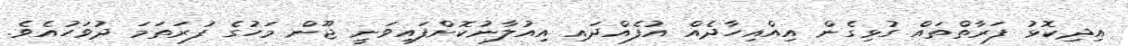
އިދިކޮޅު ފަރާތްތައް ގުޅިގެން އިއްއިހާދެއް އުފެއްދައި އިއުލާނުކޮށްފައިވަނީ ޖޫން މަހުގެ ފުރަތަމަ ދުވަހުއެވެ.